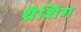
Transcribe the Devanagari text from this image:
थ्रैशिंग